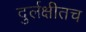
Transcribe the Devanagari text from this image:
दुर्लक्षीतच